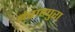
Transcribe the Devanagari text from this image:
बेराहपुरा